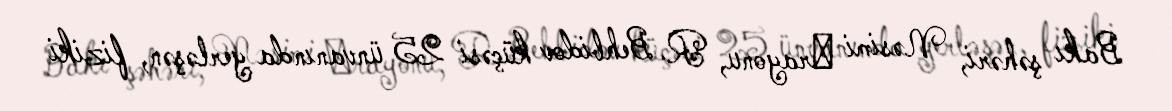
Bakı şəhəri, Nəsimi ‎rayonu, R. Behbidov küçəsi 25 ünvanında yerləşən, fiziki